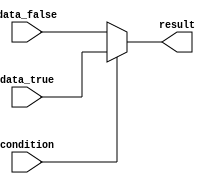
module conditional_assign (
    input wire condition, // Condition signal
    input wire data_true, // Data value when condition is true
    input wire data_false, // Data value when condition is false
    output reg result // Result signal
);

always @* begin
    if (condition) begin
        result = data_true; // Assign data_true value when condition is true
    end
    else begin
        result = data_false; // Assign data_false value when condition is false
    end
end

endmodule